Civil Veterinary Department. Madras. Admin. report 1926-33 - 1926-1933
Year: 1926
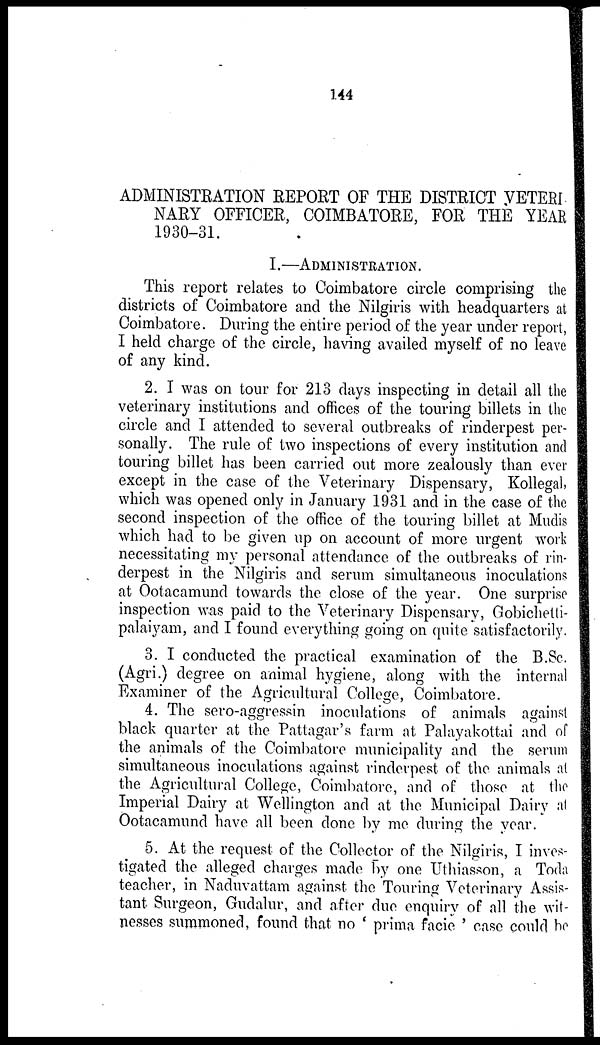
144
ADMINISTRATION REPORT OF THE DISTRICT YETERI
NARY OFFICER, COIMBATORE, FOR THE YEAR
1930-31.
I.—ADMINISTRATION.
This report relates to Coimbatore circle comprising the
districts of Coimbatore and the Nilgiris with headquarters at
Coimbatore. During the entire period of the year under report,
I held charge of the circle, having availed myself of no leave
of any kind.
2. I was on tour for 213 days inspecting in detail all the
veterinary institutions and offices of the touring billets in the
circle and I attended to several outbreaks of rinderpest per-
sonally. The rule of two inspections of every institution and
touring billet has been carried out more zealously than ever
except in the case of the Veterinary Dispensary, Kollegal,
which was opened only in January 1931 and in the case of the
second inspection of the office of the touring billet at Mudis
which had to be given up on account of more urgent work
necessitating my personal attendance of the outbreaks of rin-
derpest in the Nilgiris and serum simultaneous inoculations
at Ootacamund towards the close of the year. One surprise
inspection was paid to the Veterinary Dispensary, Gobichetti-
palaiyam, and I found everything going on quite satisfactorily.
3. I conducted the practical examination of the B.Sc.
(Agri.) degree on animal hygiene, along with the internal
Examiner of the Agricultural College, Coimbatore.
4. The sero-aggressin inoculations of animals against
black quarter at the Pattagar's farm at Palayakottai and of
the animals of the Coimbatore municipality and the serum
simultaneous inoculations against rinderpest of the animals at
the Agricultural College, Coimbatore, and of those at the
Imperial Dairy at Wellington and at the Municipal Dairy at
Ootacamund have all been done by me during the year.
5. At the request of the Collector of the Nilgiris, I inves-
tigated the alleged charges made by one Uthiasson, a Toda
teacher, in Naduvattam against the Touring Veterinary Assis-
tant Surgeon, Gudalur, and after due enquiry of all the wit-
nesses summoned, found that no 'prima facie' case could be